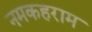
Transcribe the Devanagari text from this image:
नमकहराम